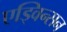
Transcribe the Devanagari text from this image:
एड्विन्सन